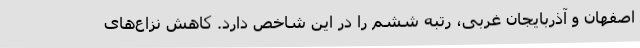
اصفهان و آذربایجان غربی، رتبه ششم را در این شاخص دارد. کاهش نزاع‌های